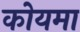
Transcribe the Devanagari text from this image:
कोयमा